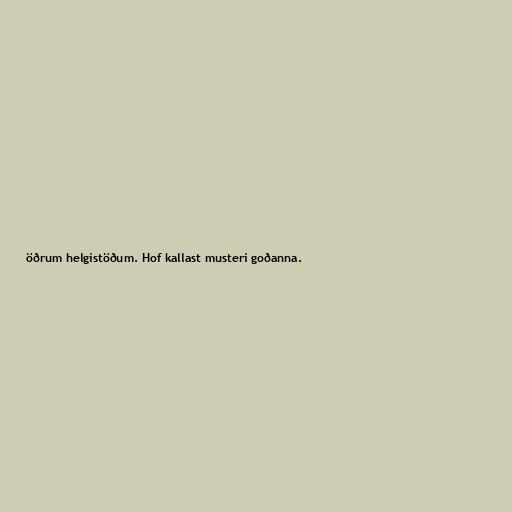
öðrum helgistöðum. Hof kallast musteri goðanna.